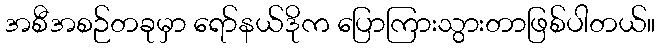
အစီအစဉ်တခုမှာ ရော်နယ်ဒိုက ပြောကြားသွားတာဖြစ်ပါတယ်။